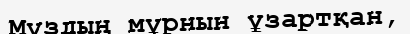
Мұздың мұрнын ұзартқан,